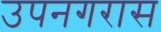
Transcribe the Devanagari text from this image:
उपनगरास